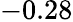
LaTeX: -0.28